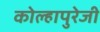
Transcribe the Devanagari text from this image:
कोल्हापुरेजी